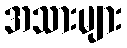
အသားများ